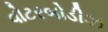
વોટરબોડીઝ